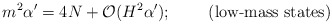
\begin{align*}m^2\alpha'=4N+{\cal O}(H^2\alpha');\;\;\;\;\;\;\;\;\mbox{(low-mass states)}\end{align*}